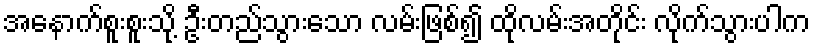
အနောက်စူးစူးသို့ ဦးတည်သွားသော လမ်းဖြစ်၍ ထိုလမ်းအတိုင်း လိုက်သွားပါက